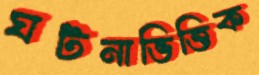
ঘটনাভিত্তিক